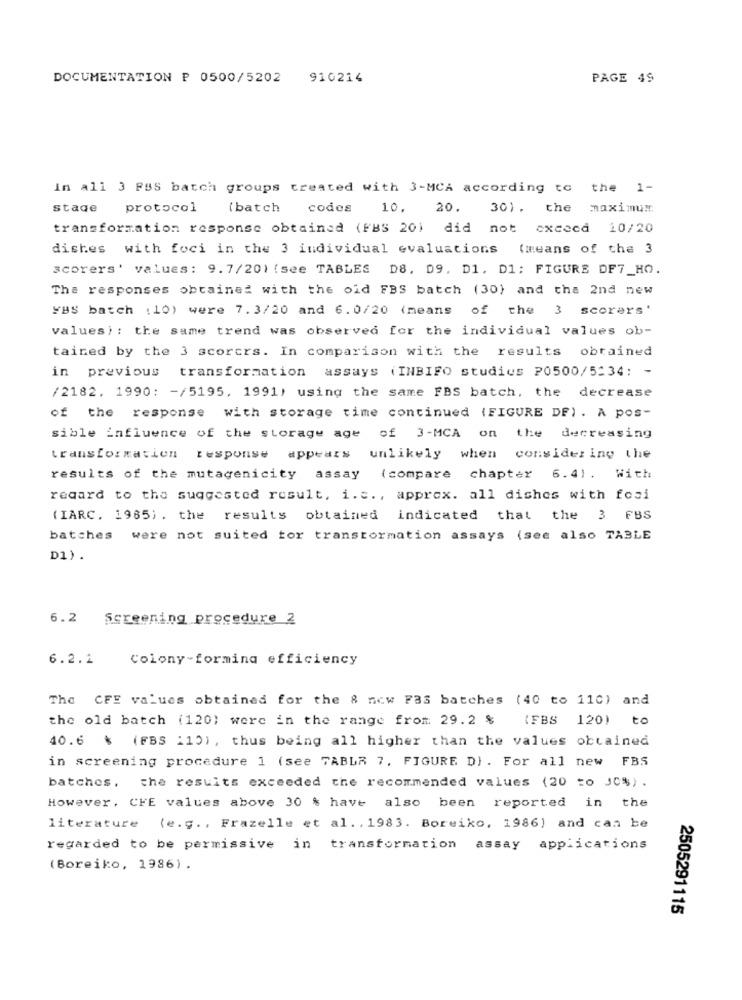
DOCUMENTATION P 0500/5202 910214
PAGE 49
in all 3 FBS batch groups created with 3-MCA according to the 1-
stade
protocol
(batch
codes
10. 20. 30), the maximum
transformation response obtained (FBS 20) did not exceed 10/20
dishes with foci in the 3 individual evaluations (means of the 3
scorers' values: 9.7/201 (see TABLES
D8. 09. D1, D1: FIGURS DF7_HO.
The responses obtained with the old FBS batch (30) and the 2nd new
YBS batch ( 10) were 7.3/20 and 6.0/20 (means of the 3 scorers'
values): the same trend was observed for the individual values ob-
tained by the 3 scorers. In comparison with the results obtained
in previous
transformation assays (INBIFO studies 20500/5:34: -
/2182. 1990: - /5195, 1991) using the same FBS batch, the decrease
of the response with storage time continued (FIGURE DF) . A pos-
sible influence of the storage age of 3-MCA on the decreasing
transformation response appears unlikely when considering the
results of the mutagenicity assay (compare chapter 6.4) . With
regard to the suggested result, i.c ., approx. all dishes with fosi
(IARC. 1985) . the results obtained indicated that the 3 FBS
batches
were not suited for transformation assays (see also TABLE
D1) .
6.2 Screening procedure 2
6.2.2
Colony-forming efficiency
The CFE values obtained for the & now Fas batches (40 to 110) and
the old batch (120) were in the range from 29.2 % {FBS 120) to
40.6 \ (FBS 110), thus being all higher than the values obtained
in screening procedure 1 (see TABLA 7, FIGURE D) . For all new FBS
batches, the results exceeded the recommended values (20 to JC%) .
However, CHE values above 30 % have also been reported in the
literature (e.g. , Frazelle et al. , 1983. Boreiko, 1986) and can be
regarded to be permissive in transformation assay applications
(Boreiko, 1986) .
2505291115